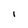
Character: l